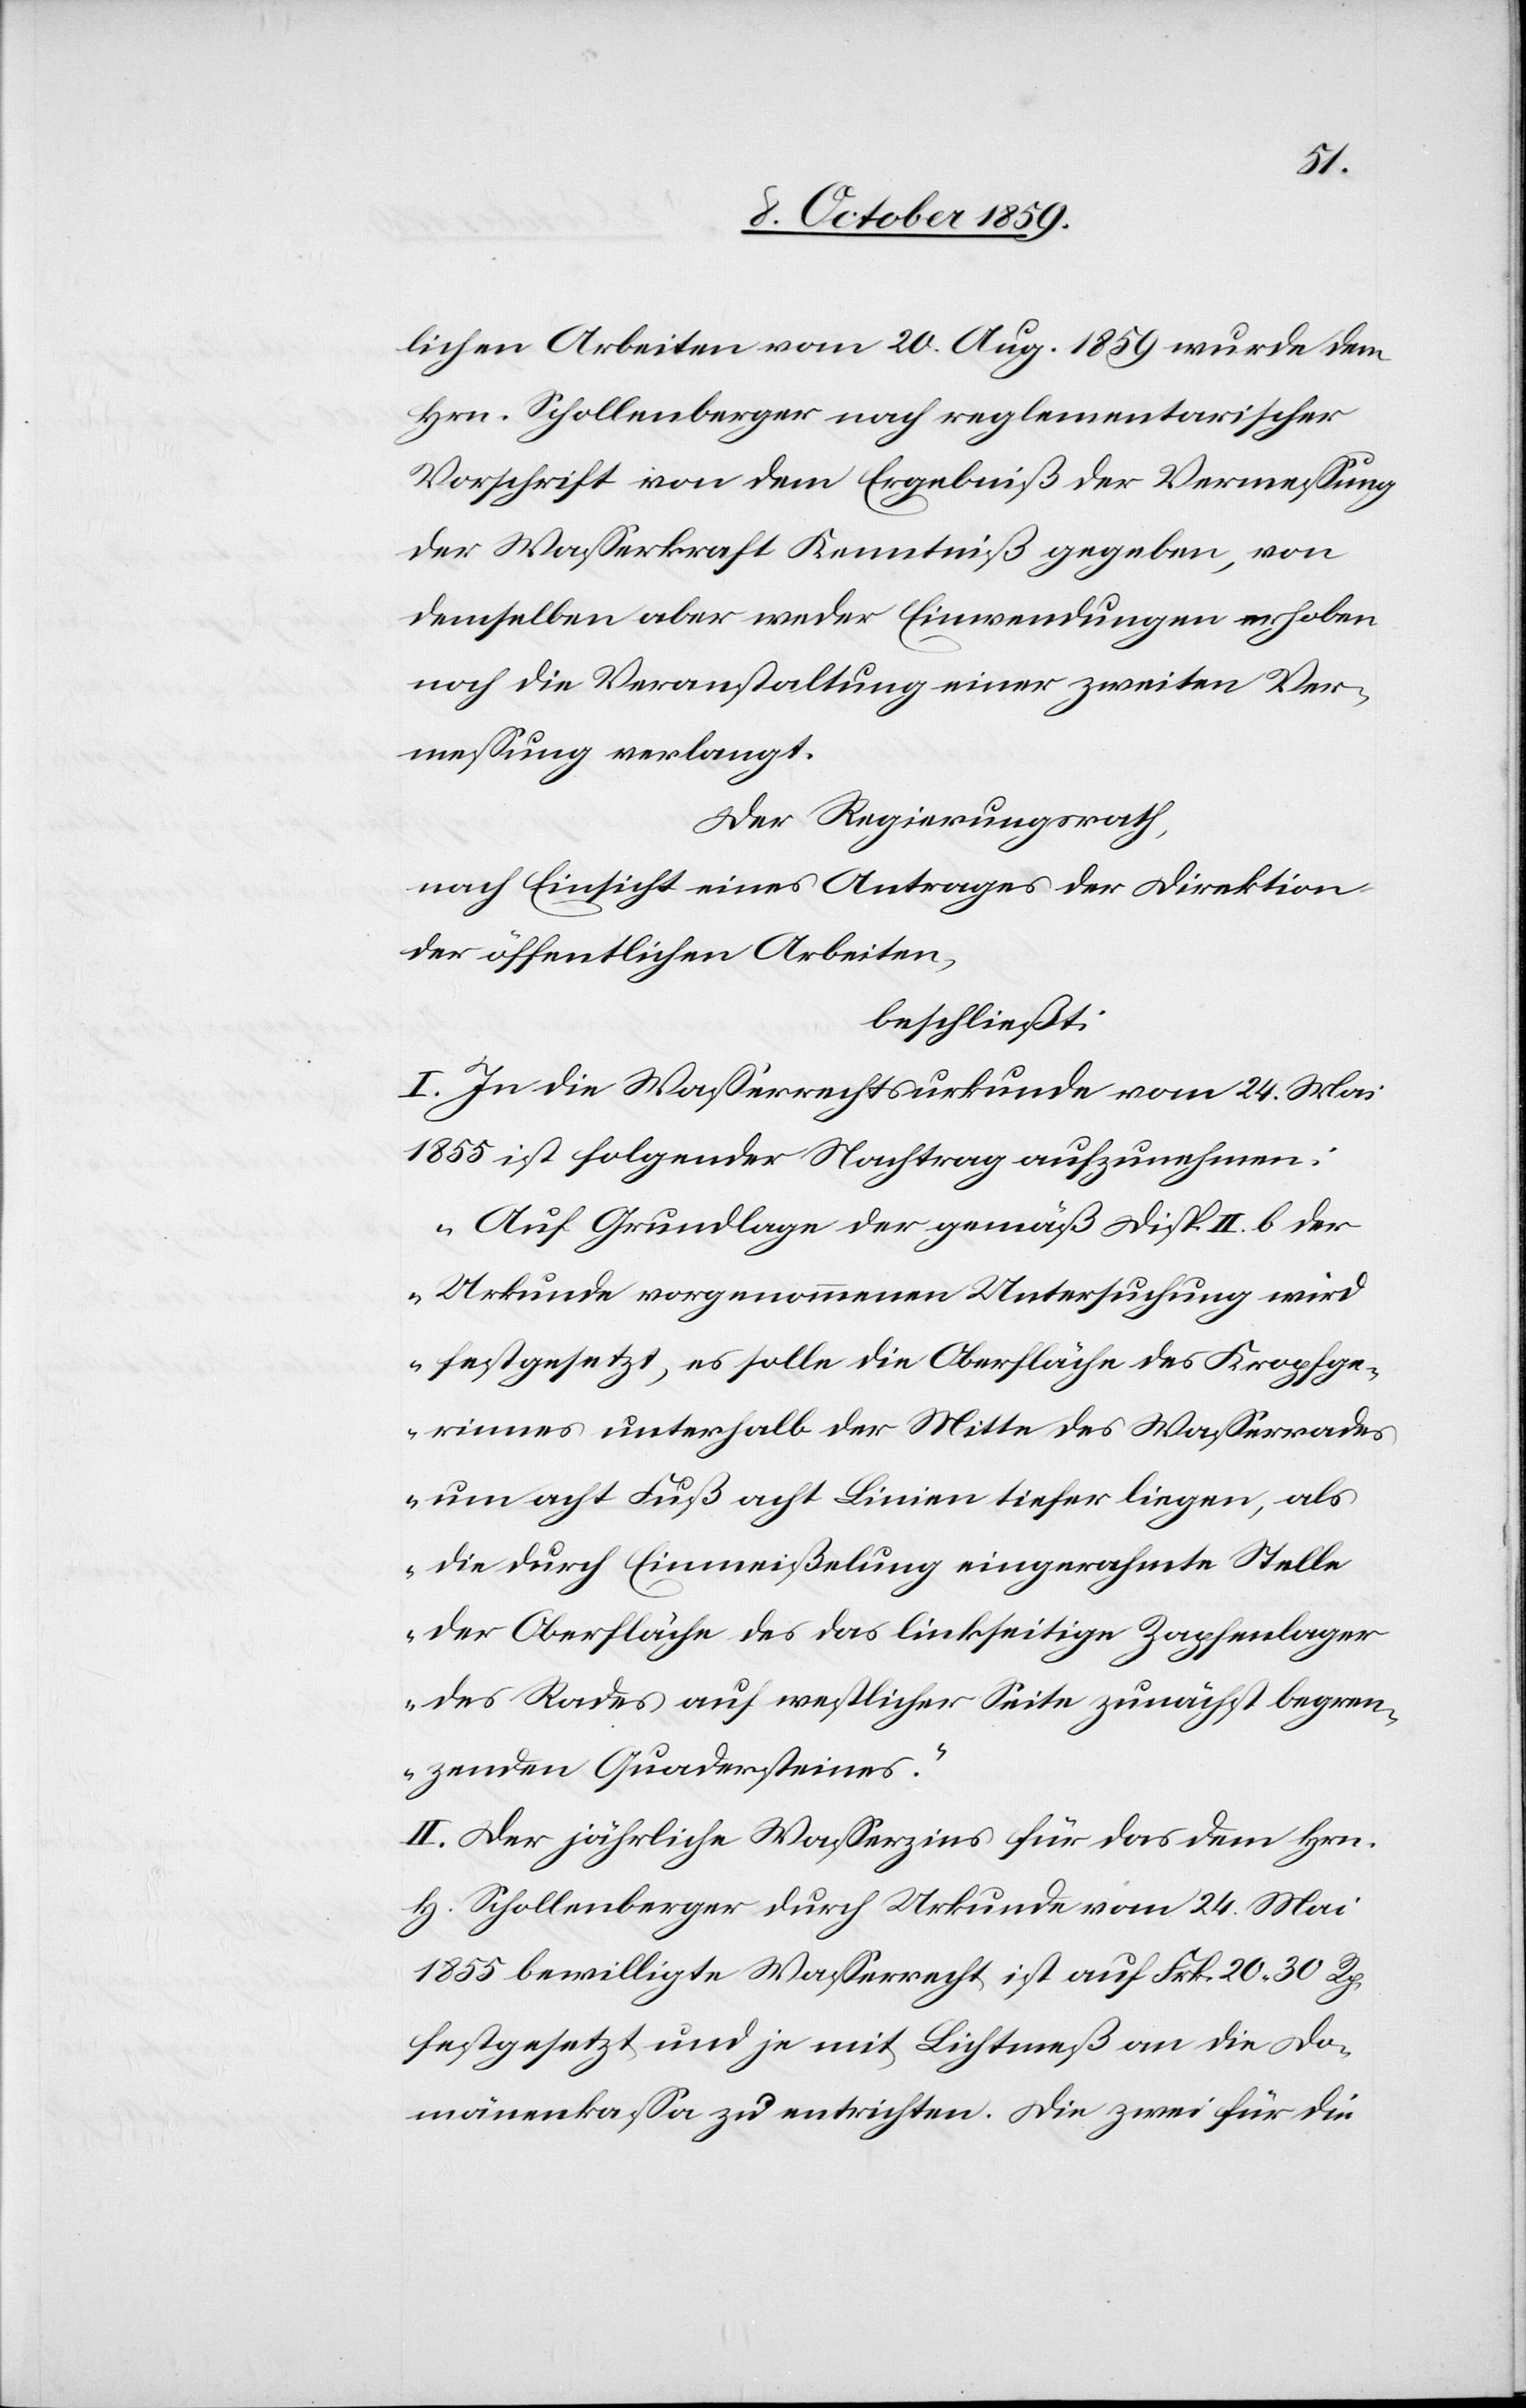
lichen Arbeiten vom 20. Aug. 1859 wurde dem
Hrn. Schollenberger nach reglementarischer
Vorschrift von dem Ergebniß der Vermessung
der Wasserkraft Kenntniß gegeben, von
demselben aber weder Einwendungen erhoben
noch die Veranstaltung einer zweiten Ver¬
messung verlangt.
Der Regierungsrath,
nach Einsicht eines Antrages der Direktion
der öffentlichen Arbeiten,
beschließt:
I. In die Wasserrechtsurkunde vom 24. Mai
1855 ist folgender Nachtrag aufzunehmen:
"Auf Grundlage der gemäß Ziff. II. b. der
Urkunde vorgenommenen Untersuchung wird
festgesetzt, es solle die Oberfläche des Kropfge¬
rinnes unterhalb der Mitte des Wasserrechts
um acht Fuß acht Linien tiefer liegen, als
die durch Einmeißelung eingerahmte Stelle
der Oberfläche des das linkseitige Zapfenlager
des Rades auf westlicher Seite zunächst begren¬
zenden Quadersteines."
II. Der jährliche Wasserzins für das dem Hrn.
H. Schollenberger durch Urkunde vom 24. Mai
1855 bewilligte Wasserrecht ist auf Frk. 20 30 Rp.
festgesetzt und je mit Lichtmeß an die Do¬
mänenkasse zu entrichten. Die zwei für die